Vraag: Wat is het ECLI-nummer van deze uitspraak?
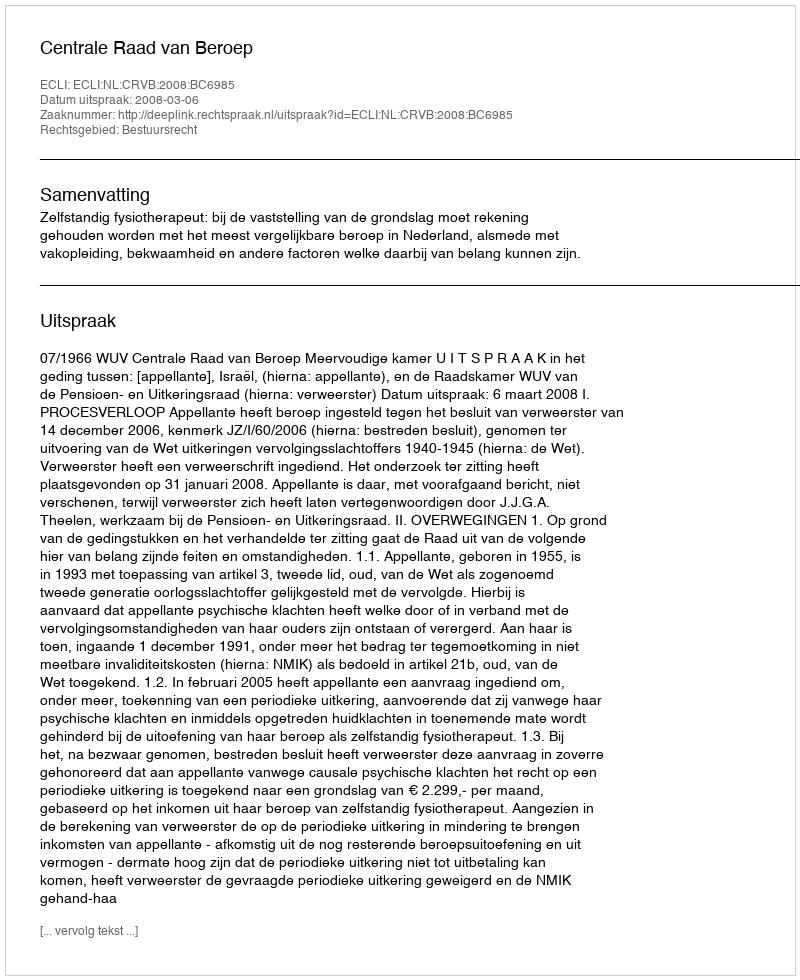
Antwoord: ECLI:NL:CRVB:2008:BC6985